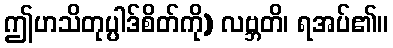
ဤဟသိတုပ္ပါဒ်စိတ်ကို) လဗ္ဘတိ၊ ရအပ်၏။